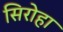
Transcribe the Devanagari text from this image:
सिरोहा